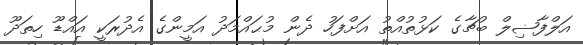
އަލްފާޟިލް ބުޗާގެ ކަޅުތުއްތު އަށްފަހު ދެން މުޙައްމަދު އަމީންގެ އެދުރަކީ އައްޑޫ ހިތަދޫ